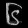
Digit: ၆